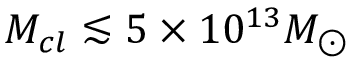
M _ { c l } \lesssim 5 \times 1 0 ^ { 1 3 } M _ { \odot }